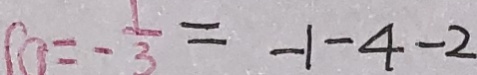
0 = - \frac { 1 } { 3 } = - 1 - 4 - 2